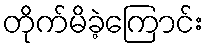
တိုက်မိခဲ့ကြောင်း